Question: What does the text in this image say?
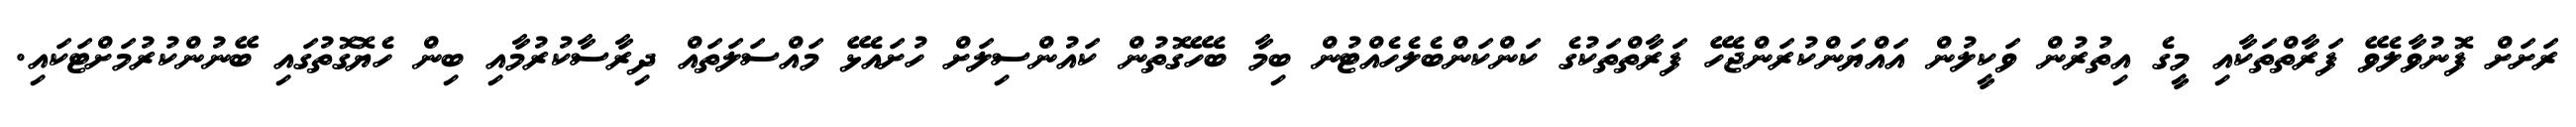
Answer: ރަށަށް ފޮނުވާލެވޭ ފަރާތްތަކާއި މީގެ އިތުރުން ވަކީލުން އައްޔަންކުރަންޖެހޭ ފަރާތްތަކުގެ ކަންކަންބެލެހެއްޓުން ބިމާ ބެހޭގޮތުން ކައުންސިލަށް ހުށައެޅޭ މައްސަލަތައް ދިރާސާކުރުމާއި ބިން ހެޔޮގޮތުގައި ބޭނުންކުރުމަށްޓަކައި.